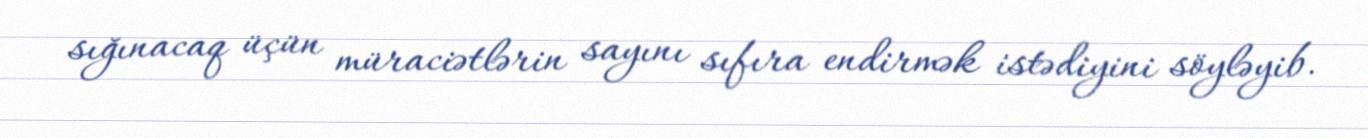
sığınacaq üçün müraciətlərin sayını sıfıra endirmək istədiyini söyləyib.